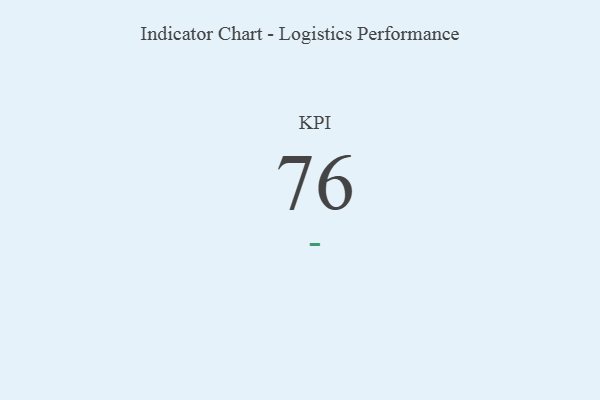
{"axis": {"x": "KPI", "y": "Value"}, "legend": [""], "data": [{"x": "KPI", "y": 76, "type": ""}]}